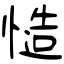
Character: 慥